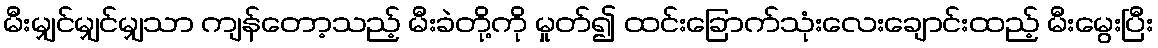
မီးမျှင်မျှင်မျှသာ ကျန်တော့သည့် မီးခဲတို့ကို မှုတ်၍ ထင်းခြောက်သုံးလေးချောင်းထည့် မီးမွေးပြီး